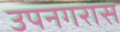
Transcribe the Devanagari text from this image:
उपनगरास